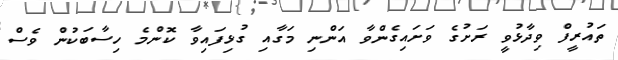
ތައުރީފް ވިދާޅުވީ ރަށުގެ ވަށައިގެންވާ އަންނި މަގާއި ގުޅިފައިވާ ކޮންމެ ހިސާބަކުން ވެސް